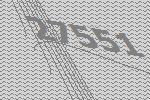
27551